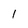
Character: 1